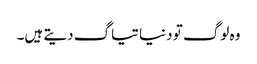
وہ لوگ تو دنیا تیاگ دیتے ہیں۔